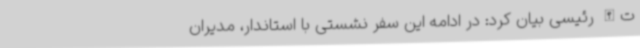
ت‌الله رئیسی بیان کرد: در ادامه این سفر نشستی با استاندار، مدیران